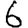
Digit: 6